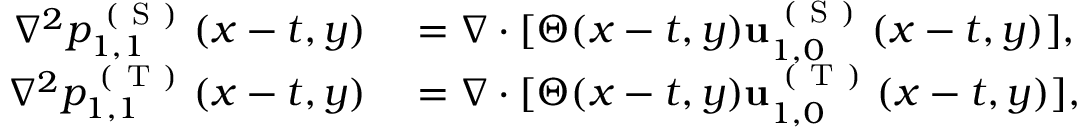
\begin{array} { r l } { \nabla ^ { 2 } p _ { 1 , 1 } ^ { \mathrm { ~ ( ~ S ~ ) ~ } } ( x - t , y ) } & { { } = \nabla \cdot [ \Theta ( x - t , y ) \mathbf { u } _ { 1 , 0 } ^ { \mathrm { ~ ( ~ S ~ ) ~ } } ( x - t , y ) ] , } \\ { \nabla ^ { 2 } p _ { 1 , 1 } ^ { \mathrm { ~ ( ~ T ~ ) ~ } } ( x - t , y ) } & { { } = \nabla \cdot [ \Theta ( x - t , y ) \mathbf { u } _ { 1 , 0 } ^ { \mathrm { ~ ( ~ T ~ ) ~ } } ( x - t , y ) ] , } \end{array}